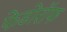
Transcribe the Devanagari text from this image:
फेडोरॉफ